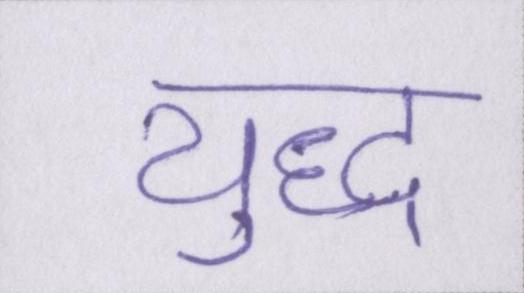
युद्ध